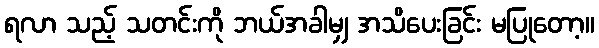
ရလာ သည့် သတင်းကို ဘယ်အခါမျှ အသိပေးခြင်း မပြုတော့။